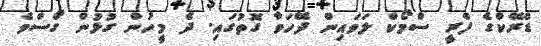
ޑްރޭކްގެ ފްރީ ސްމޯކް ލަވައިން ދޭހަވާ ގޮތުގައި. ދެ މީހުން ގުޅުން ގޯސްވެ